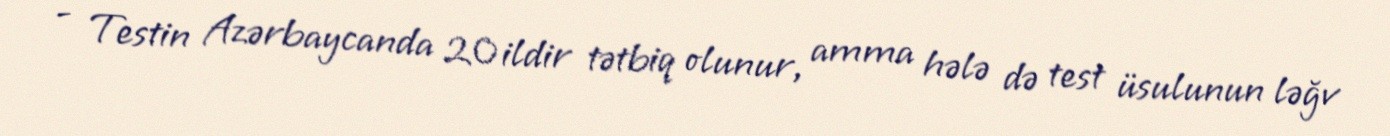
- Testin Azərbaycanda 20 ildir tətbiq olunur, amma hələ də test üsulunun ləğv